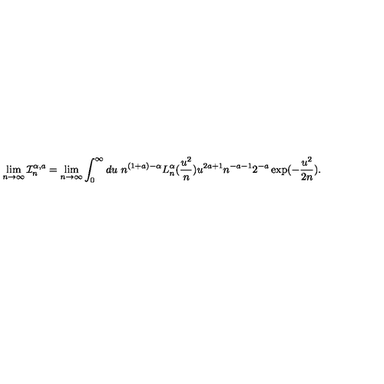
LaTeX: \lim _ { n \to \infty } \mathcal { I } _ { n } ^ { \alpha , a } = \lim _ { n \to \infty } \int _ { 0 } ^ { \infty } d u \ n ^ { ( 1 + a ) - \alpha } L _ { n } ^ { \alpha } ( \frac { u ^ { 2 } } { n } ) u ^ { 2 a + 1 } n ^ { - a - 1 } 2 ^ { - a } \exp ( - \frac { u ^ { 2 } } { 2 n } ) .